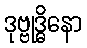
ဒုဗ္ဗုဒ္ဓိနော